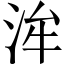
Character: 洠